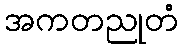
အကတညုတံ